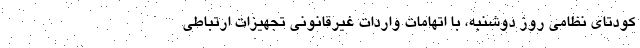
کودتای نظامی روز دوشنبه، با اتهامات واردات غیرقانونی تجهیزات ارتباطی